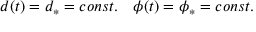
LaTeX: d ( t ) = d _ { \ast } = c o n s t . \quad \phi ( t ) = \phi _ { \ast } = c o n s t .